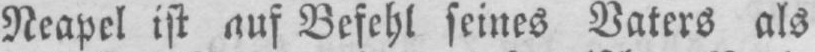
Neapel ist auf Befehl seines Vaters als